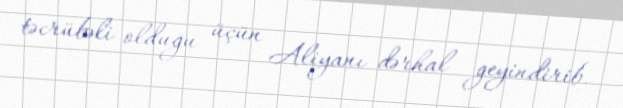
təcrübəli olduğu üçün Aliyanı dərhal geyindirib.